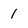
Character: 1